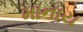
માનાય